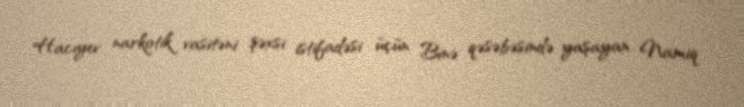
Hacıyev narkotik vasitəni şəxsi istifadəsi üçün Binə qəsəbəsində yaşayan Namiq